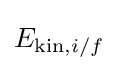
E_{{\text{kin}},i/f}